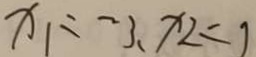
x _ { 1 } : - 3 , x _ { 2 } = 1